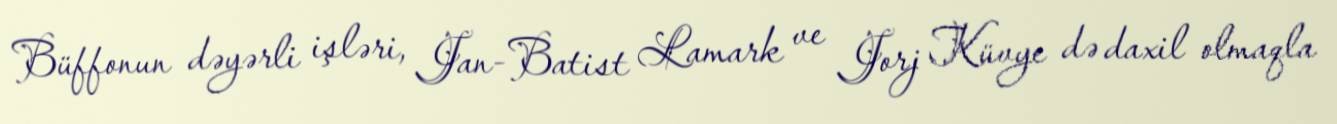
Büffonun dəyərli işləri, Jan-Batist Lamark ve Jorj Küvye də daxil olmaqla